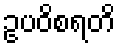
ဥပဝိစရတိ